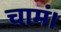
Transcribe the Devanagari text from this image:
चामं।